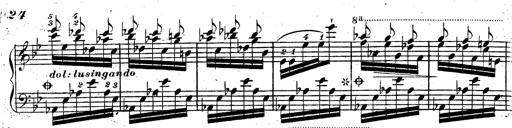
Title: Rondeau fantastique sur un thÃ¨me espagnol
Composer: Franz Liszt